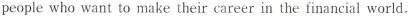
people who want to make their career in the financial world，